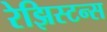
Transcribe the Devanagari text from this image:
रेझिस्टन्स